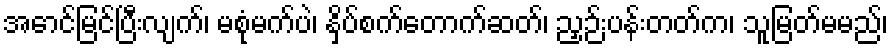
အောင်မြင်ပြီးလျက်၊ မစုံမက်ပဲ၊ နှိပ်စက်တောက်ဆတ်၊ ညှဉ်းပန်းတတ်က၊ သူမြတ်မမည်၊